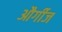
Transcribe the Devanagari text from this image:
और्गीज